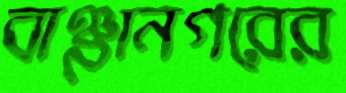
বাঞ্ছানগরের